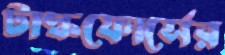
টাস্কফোর্সের